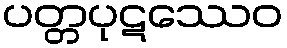
ပတ္တပုဋဿေဝ